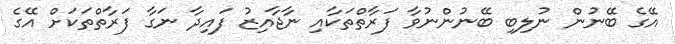
އޭގެ ބޭނުން ނުލިބި ބޭނުންނުވާ ފަރާތްތަކާއި ނާޖާއިޒު ފައިދާ ނަގާ ފަރާތްތަކަށް އޭގެ